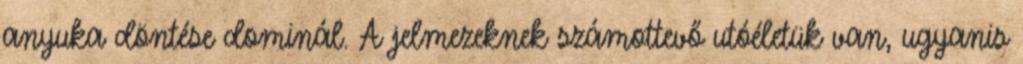
anyuka döntése dominál. A jelmezeknek számottevő utóéletük van, ugyanis